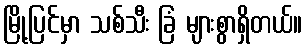
မြို့ပြင်မှာ သစ်သီး ခြံ များစွာရှိတယ်။